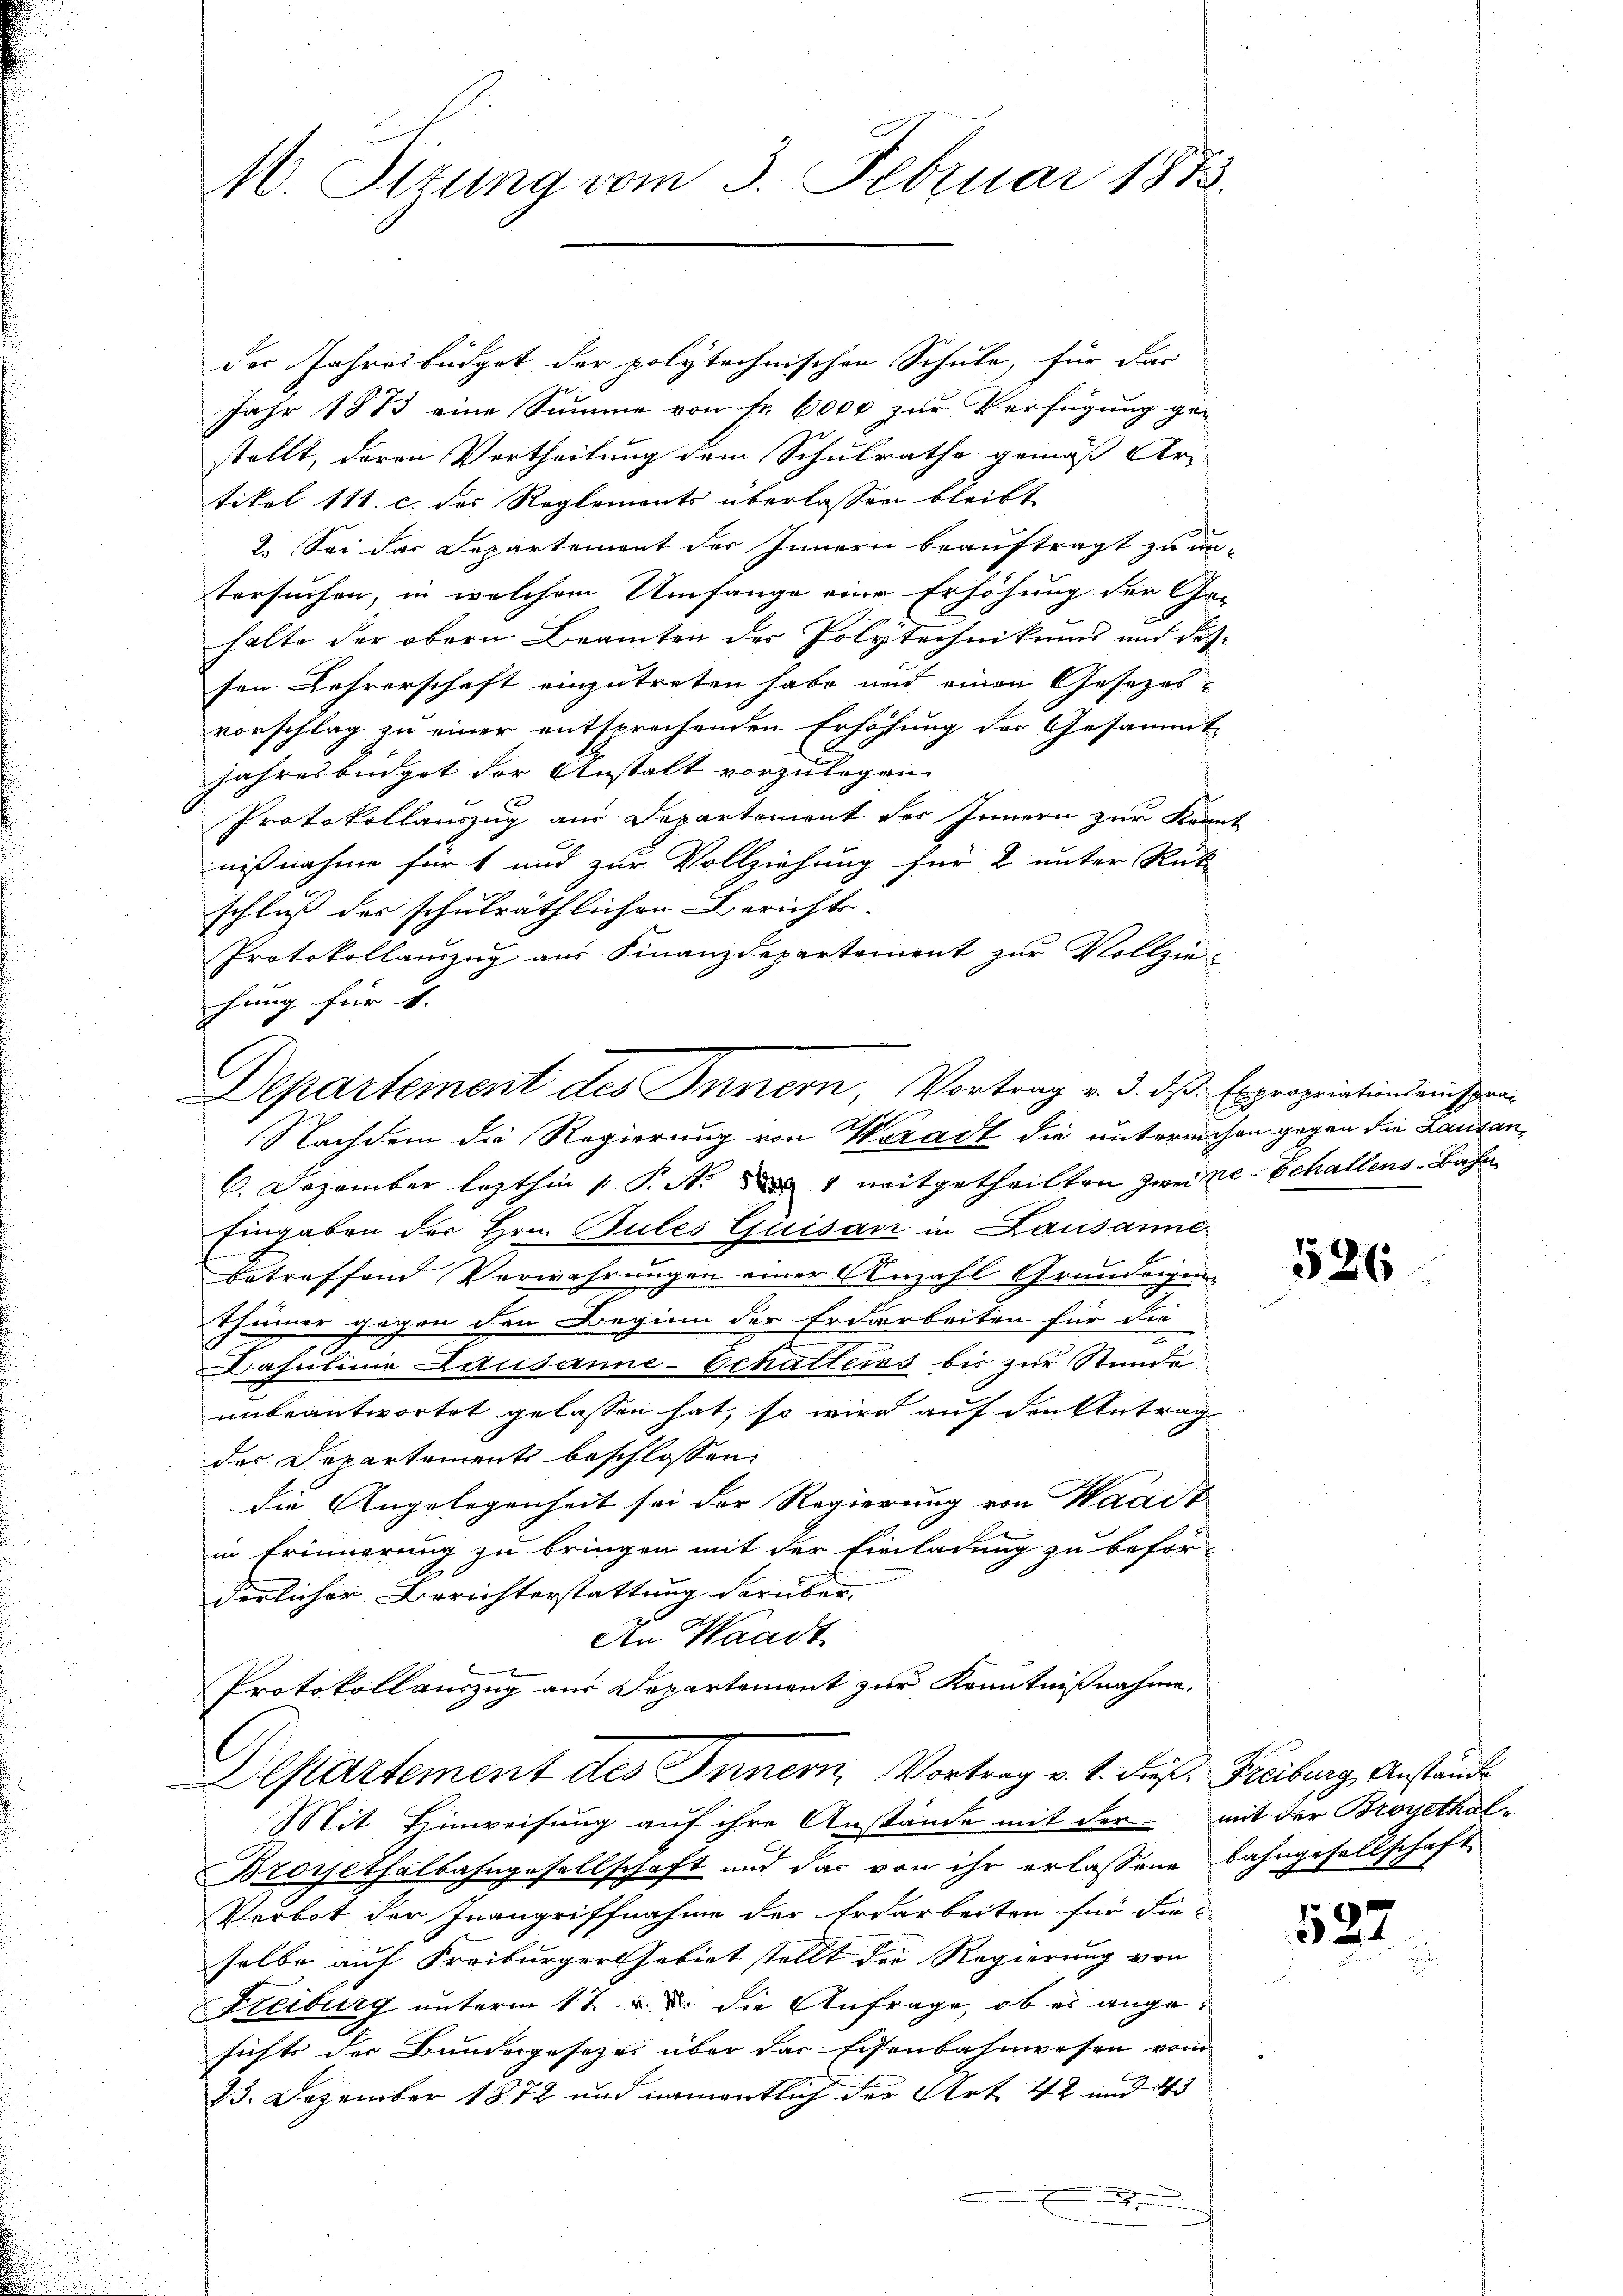
M. Stzung vom 3. Februar 1873.

der Jahresbüdget der polytechnischen Schule, für das
Jahr 1873 eine Summe von Fr. 6000 zur Verfügung ge-
stellt, deren Vertheilung dem Schulrathe gemäß Ar-
tikel 111. c. des Reglements überlassen bleibt
2. Sei das Departement des Innern beauftragt zu un
tersuchen, in welchem Umfange eine Erhöhung der Ge-
halte der obern Beamten des Polytechnikums und diessen Lehrerschaft einzutreten habe und einen Gesezesvorschlag zu einer entsprechenden Erhöhung der Gesammt-
jahresbüdget der Anstalt vorzulegen
Protokollauszug am Departement des Innern zur Kenn
nißnahme für 1 und zur Vollziehung für 2 unter Rück
schluß des schulräthlichen Berichts-
Protokollauszug aus Finanzdepartement zur Vollziehung für 4.
6. Dezember lezthin 1 P. Nr. 1 mitgetheilten Zweite-Schallens-Bahn
Eingaben der Hrn. Pules Quisan in Lausanne
betreffend Verwahrungen einer Anzahl Grundeigen-
thümer gegen den Beginn der Erdarbeiten für die
Dahulinie Lausanne-Schatters bis zur Stunde
unbeantwortet gelassen hat, so wird auf den Antrag
des Departements beschlossen:
die Angelegenheit sei der Regierung von Wadet
in Erinnerung zu bringen mit der Einladung zu beför-
derlicher Berichterstattung darüber.
An Waadt.
Protokollauszug aus Departement zur Kenntnißnahme.
Departement des Innern, Vortrag v. 1. dieß, Freiburg, Anstände
Mit Hinweisung auf ihre Anstände mit der mit der Broyethal-
Broysethalbahngesellschaft und das von ihr erlassene Bahngesellschaft
Perbot der Inangriffnahme der Erdarbeiten für die-
selbe auf Freiburger Gebiet stellt der Regierung von
Freiburg unterm 17. v. d. die Anfrage, ob es angesichts der Bundergesezes über das Eisenbahnwesen vom
23. Dezember 1872 und namentlich der Art. 42 und 43
ge

Departement des Innern, Vortrag v. 3. des Expropriationsanspra¬
Nachdem die Regierung von Woradt die untermehr gegen die Lausan¬

586

527